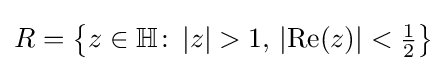
R=\left\{z\in \mathbb {H} \colon \left|z\right|>1,\,\left|\operatorname {Re} (z)\right|<{\tfrac {1}{2}}\right\}